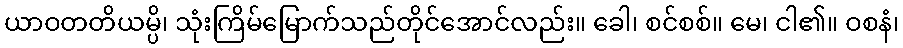
ယာဝတတိယမ္ပိ၊ သုံးကြိမ်မြောက်သည်တိုင်အောင်လည်း။ ခေါ၊ စင်စစ်။ မေ၊ ငါ၏။ ဝစနံ၊